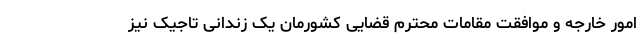
امور خارجه و موافقت مقامات محترم قضایی کشورمان یک زندانی تاجیک نیز